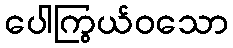
ပေါကြွယ်ဝသော